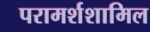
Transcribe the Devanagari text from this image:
परामर्शशामिल